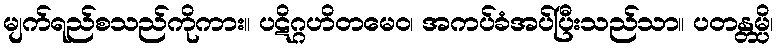
မျက်ရည်စသည်ကိုကား။ ပဋိဂ္ဂဟိတမေဝ၊ အကပ်ခံအပ်ပြီးသည်သာ။ ပတန္တမ္ပိ၊